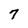
Character: 7